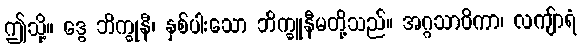
ဤသို့။ ဒွေ ဘိက္ခုနီ၊ နှစ်ပါးသော ဘိက္ခူနီမတို့သည်။ အဂ္ဂသာဝိကာ၊ လကျ်ာရံ